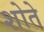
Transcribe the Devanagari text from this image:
शोते